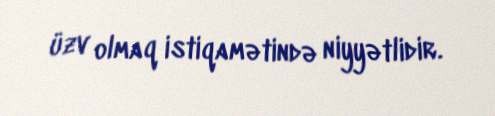
üzv olmaq istiqamətində niyyətlidir.